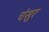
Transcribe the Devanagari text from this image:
चंसुर